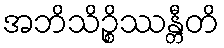
အဘိသိဉ္စိဿန္တီတိ